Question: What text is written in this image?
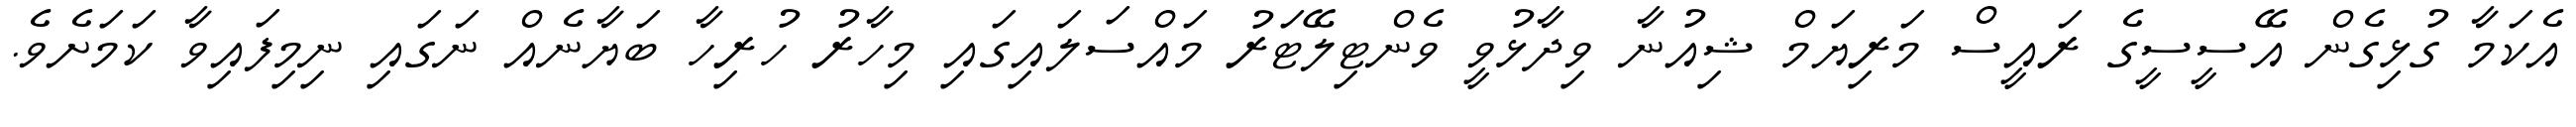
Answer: އެކަމާ ގުޅިގެން އޭސީސީގެ ރައީސް މަރިޔަމް ޝިއުނާ ވިދާޅުވީ ވެންޓިލޭޓަރު މައްސަލައިގައި މިހާރު ހުރިހާ ބަޔާނެއް ނަގައި ނިމިފައިވާ ކަމަށެވެ.